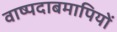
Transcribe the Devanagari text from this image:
वाष्पदाबमापियों